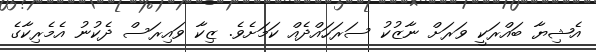
އެޝިޔާ ބައްރަކީ ވަރަށް ނާޒުކު ސަރަހައްދެއް ކަމަށެވެ. ޒިކާ ވައިރަސް ދެކުނު އެމެރިކާގެ